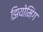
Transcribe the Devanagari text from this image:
झियोमिंग